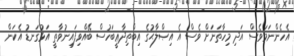
އެހެންނަމަވެސް އަދި މިހާތަނަށް ވެސް އެ އިޞްލާޙުގެ އިބްތިދާޢީބަހުސް ބޭއްވިފައިނުވާތީ އަޅުގަނޑު އެކަން